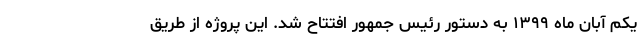
یکم آبان ماه ۱۳۹۹ به دستور رئیس جمهور افتتاح شد. این پروژه از طریق